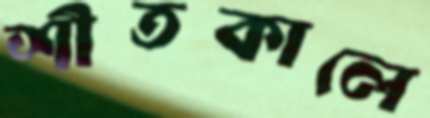
শীতকালে